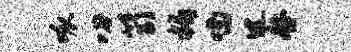
呱叨笥媚喃过咎